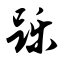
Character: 跞